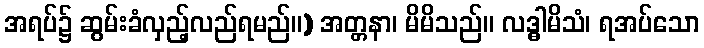
အရပ်၌ ဆွမ်းခံလှည့်လည်ရမည်။) အတ္တနာ၊ မိမိသည်။ လဒ္ဓါမိသံ၊ ရအပ်သော